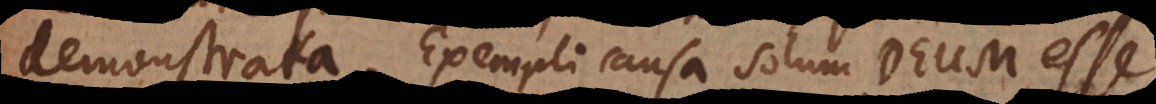
demonstrata. Exempli causa solum Deum esse